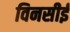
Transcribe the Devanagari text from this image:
विनसीई